Veterinary [1916] -
Year: 1916
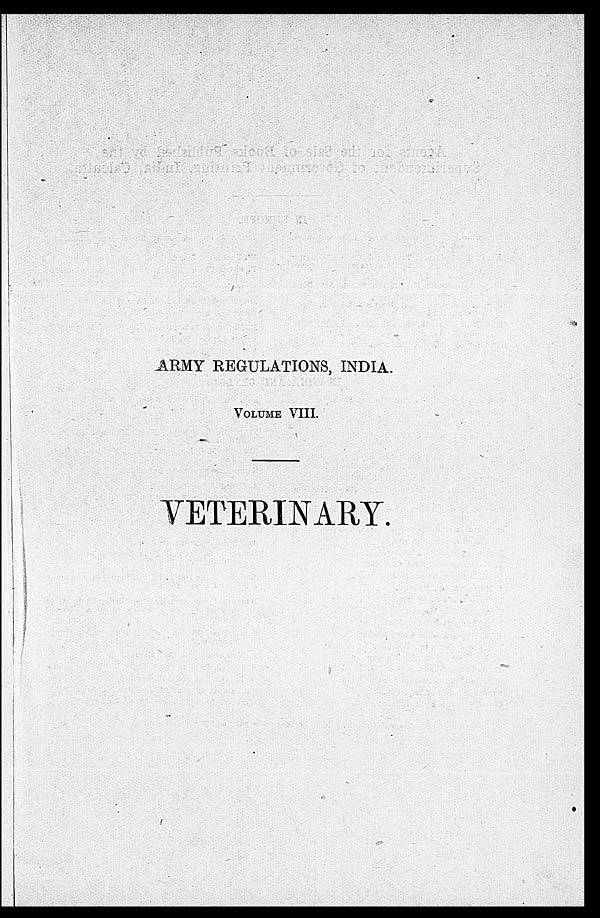
ARMY REGULATIONS, INDIA.
VOLUME VIII.
VETERINARY.